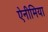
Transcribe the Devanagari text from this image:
ऐनीमिया